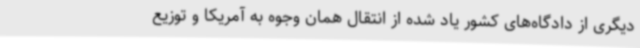
دیگری از دادگاه‌های کشور یاد شده از انتقال همان وجوه به آمریکا و توزیع